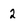
Character: 2